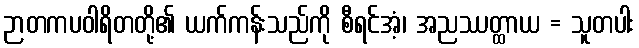
ဉာတကပဝါရိတတို့၏ ယက်ကန်းသည်ကို စီရင်အံ့၊ အညဿတ္ထာယ = သူတပါး